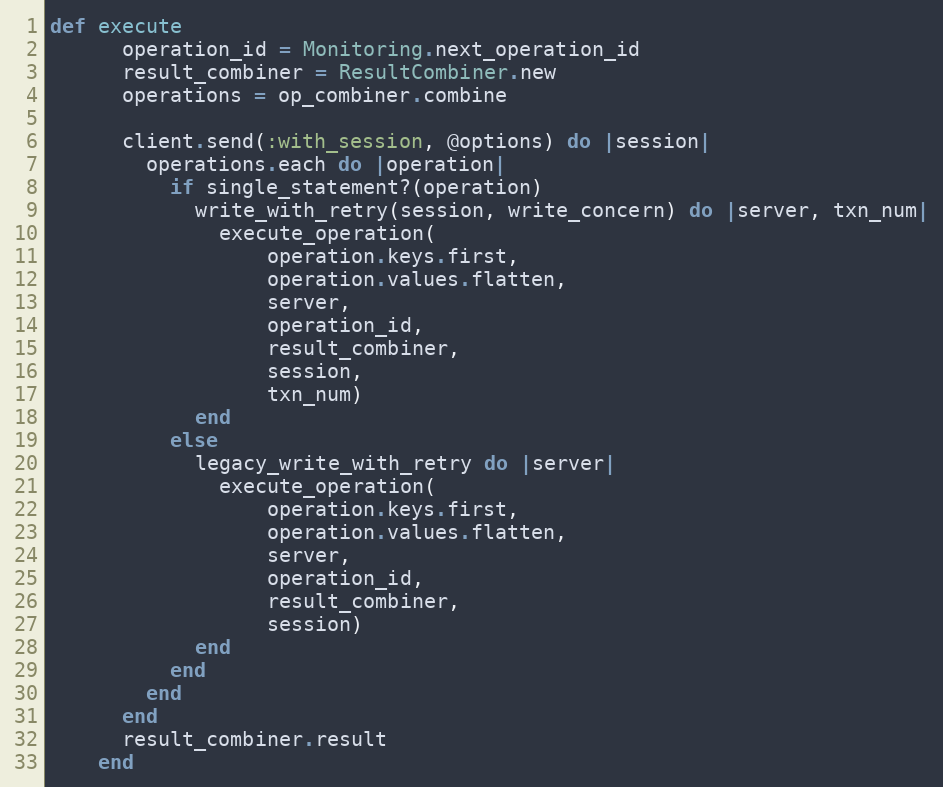
Language: Ruby
def execute
      operation_id = Monitoring.next_operation_id
      result_combiner = ResultCombiner.new
      operations = op_combiner.combine

      client.send(:with_session, @options) do |session|
        operations.each do |operation|
          if single_statement?(operation)
            write_with_retry(session, write_concern) do |server, txn_num|
              execute_operation(
                  operation.keys.first,
                  operation.values.flatten,
                  server,
                  operation_id,
                  result_combiner,
                  session,
                  txn_num)
            end
          else
            legacy_write_with_retry do |server|
              execute_operation(
                  operation.keys.first,
                  operation.values.flatten,
                  server,
                  operation_id,
                  result_combiner,
                  session)
            end
          end
        end
      end
      result_combiner.result
    end